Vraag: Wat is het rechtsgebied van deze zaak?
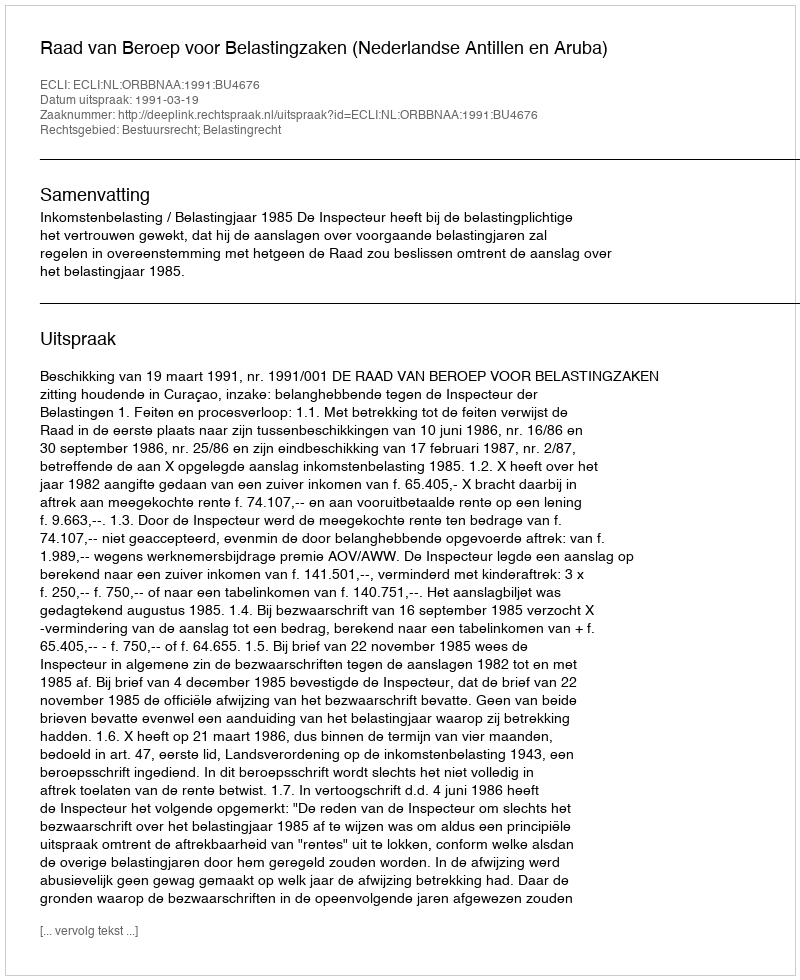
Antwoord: Bestuursrecht; Belastingrecht